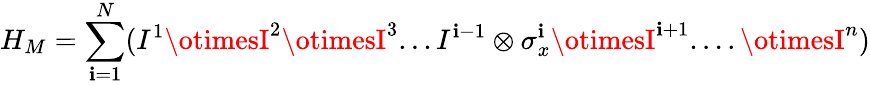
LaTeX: H_{M}=\sum_{\mathbf{i}=1}^{N}(I^{1}\otimesI^{2}\otimesI^{3}...I^{\mathbf{i}-1}\otimes\sigma_{x}^{\mathbf{i}}\otimesI^{\mathbf{i}+1}....\otimesI^{n})